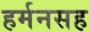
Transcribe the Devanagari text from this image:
हर्मनसह